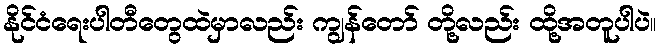
နိုင်ငံရေးပါတီတွေထဲမှာလည်း ကျွန်တော် တို့လည်း ထို့အတူပါပဲ။